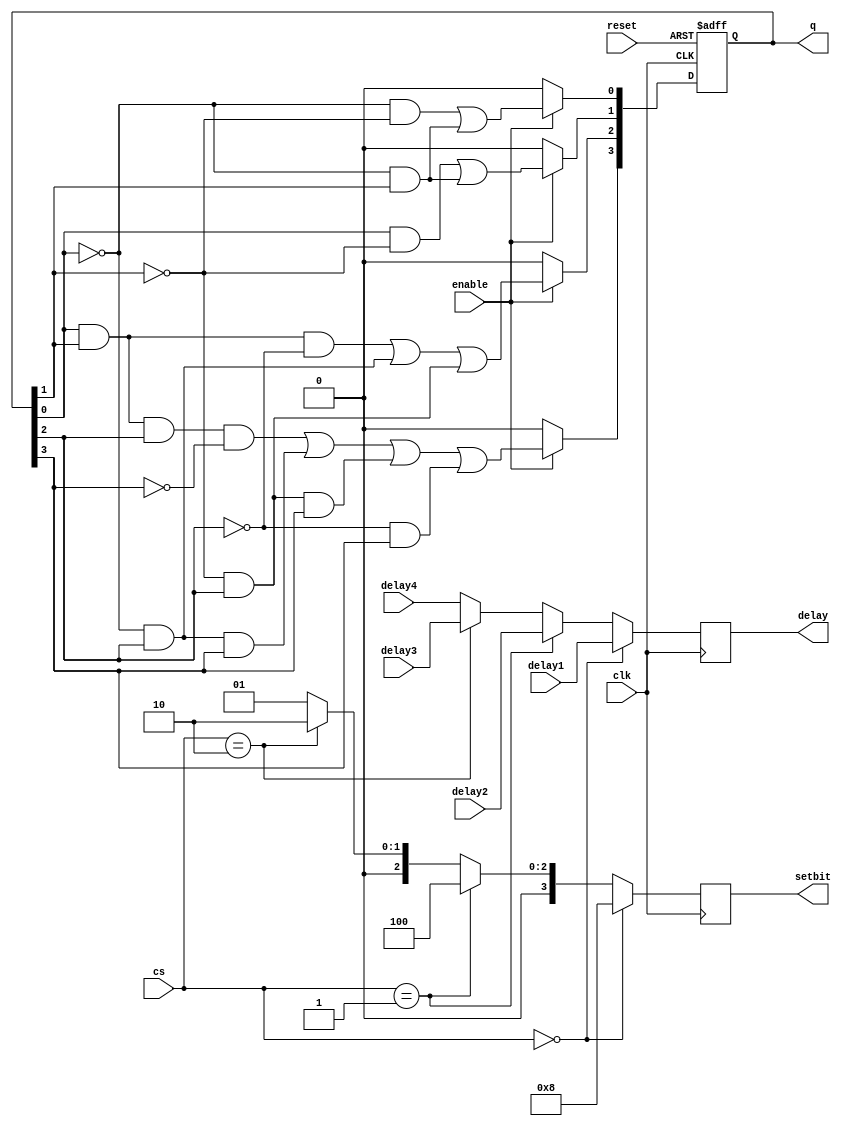
`timescale 1ns/1ns
module timer(enable,clk,reset,setbit, cs, delay1, delay2, delay3, delay4, q, delay);
	input [3:0] delay1, delay2, delay3, delay4;
	output reg[3:0] q, delay, setbit;
	input enable, clk, reset;
	reg [3:0] sb_int;
	input [1:0] cs;
	wire d0, d1, d2, d3;

	//combinational logic for MOD-16 counter
	assign d0 = (~q[0]&~q[1])|(~q[0]&q[1]);
	assign d1 = (q[0]&~q[1])|(~q[0]&q[1]);
	assign d2 = (q[0]&q[1]&~q[2])|(~q[0]&q[2])|(~q[1]&q[2]);
	assign d3 = (q[0]&q[1]&q[2]&~q[3])|(~q[0]&q[2]&q[3])|(~q[1]&q[2]&q[3])|(~q[2]&q[3]);
	
	//sequential logic for MOD-16 counter
	always@(posedge clk or negedge reset) begin
		if(~reset) begin
			q <= 4'b0000;
		end
		else begin
			if(enable) begin
				q[0] <= d0;
				q[1] <= d1;
				q[2] <= d2;
				q[3] <= d3;
			end
			else begin
				q[0] <= 1'b0;
				q[1] <= 1'b0;
				q[2] <= 1'b0;
				q[3] <= 1'b0;
			end
		end
	end
	
	//logic that decides which delay to choose according to the state of the FSM
	always@(posedge clk) begin
			if(cs == 2'b00) begin
				sb_int <= 4'b1000;
				delay <= delay1;
			end
			else if(cs == 2'b01) begin
				sb_int <= 4'b0100;
				delay <= delay2;
				end
			else if(cs == 2'b10) begin
				sb_int <= 4'b0010;
				delay <= delay3;
				end
			else begin
				sb_int <= 4'b0001;
				delay <= delay4;
			end
	end	
	
	always@(delay == q) begin
		if (delay == q) begin
			setbit = sb_int;
		end
		else begin
			setbit = sb_int;
		end
	end
endmodule